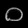
Digit: ၀